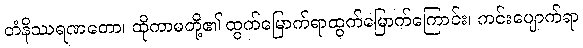
တံနိဿရဏတော၊ ထိုကာမတို့၏ ထွက်မြောက်ရာထွက်မြောက်ကြောင်း၊ ကင်းပျောက်ရာ